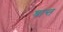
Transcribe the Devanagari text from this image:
श्रान्त